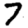
Digit: 7